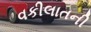
વકીલાતની